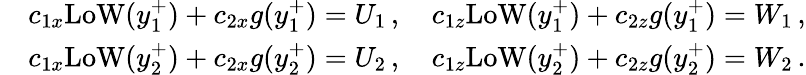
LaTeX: \begin{array}{rl}&{c_{1x}\mathrm{LoW}(y_{1}^{+})+c_{2x}g(y_{1}^{+})=U_{1}\, ,\quad c_{1z}\mathrm{LoW}(y_{1}^{+})+c_{2z}g(y_{1}^{+})=W_{1}\, ,}\\ &{c_{1x}\mathrm{LoW}(y_{2}^{+})+c_{2x}g(y_{2}^{+})=U_{2}\, ,\quad c_{1z}\mathrm{LoW}(y_{2}^{+})+c_{2z}g(y_{2}^{+})=W_{2}\, .}\end{array}